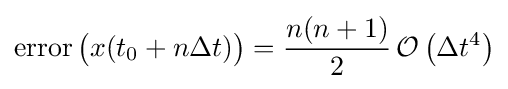
\operatorname {error} {\bigl (}x(t_{0}+n\Delta t){\bigr )}={\frac {n(n+1)}{2}}\,{\mathcal {O}}\left(\Delta t^{4}\right)